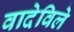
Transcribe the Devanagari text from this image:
वादेविले